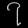
Digit: ၇